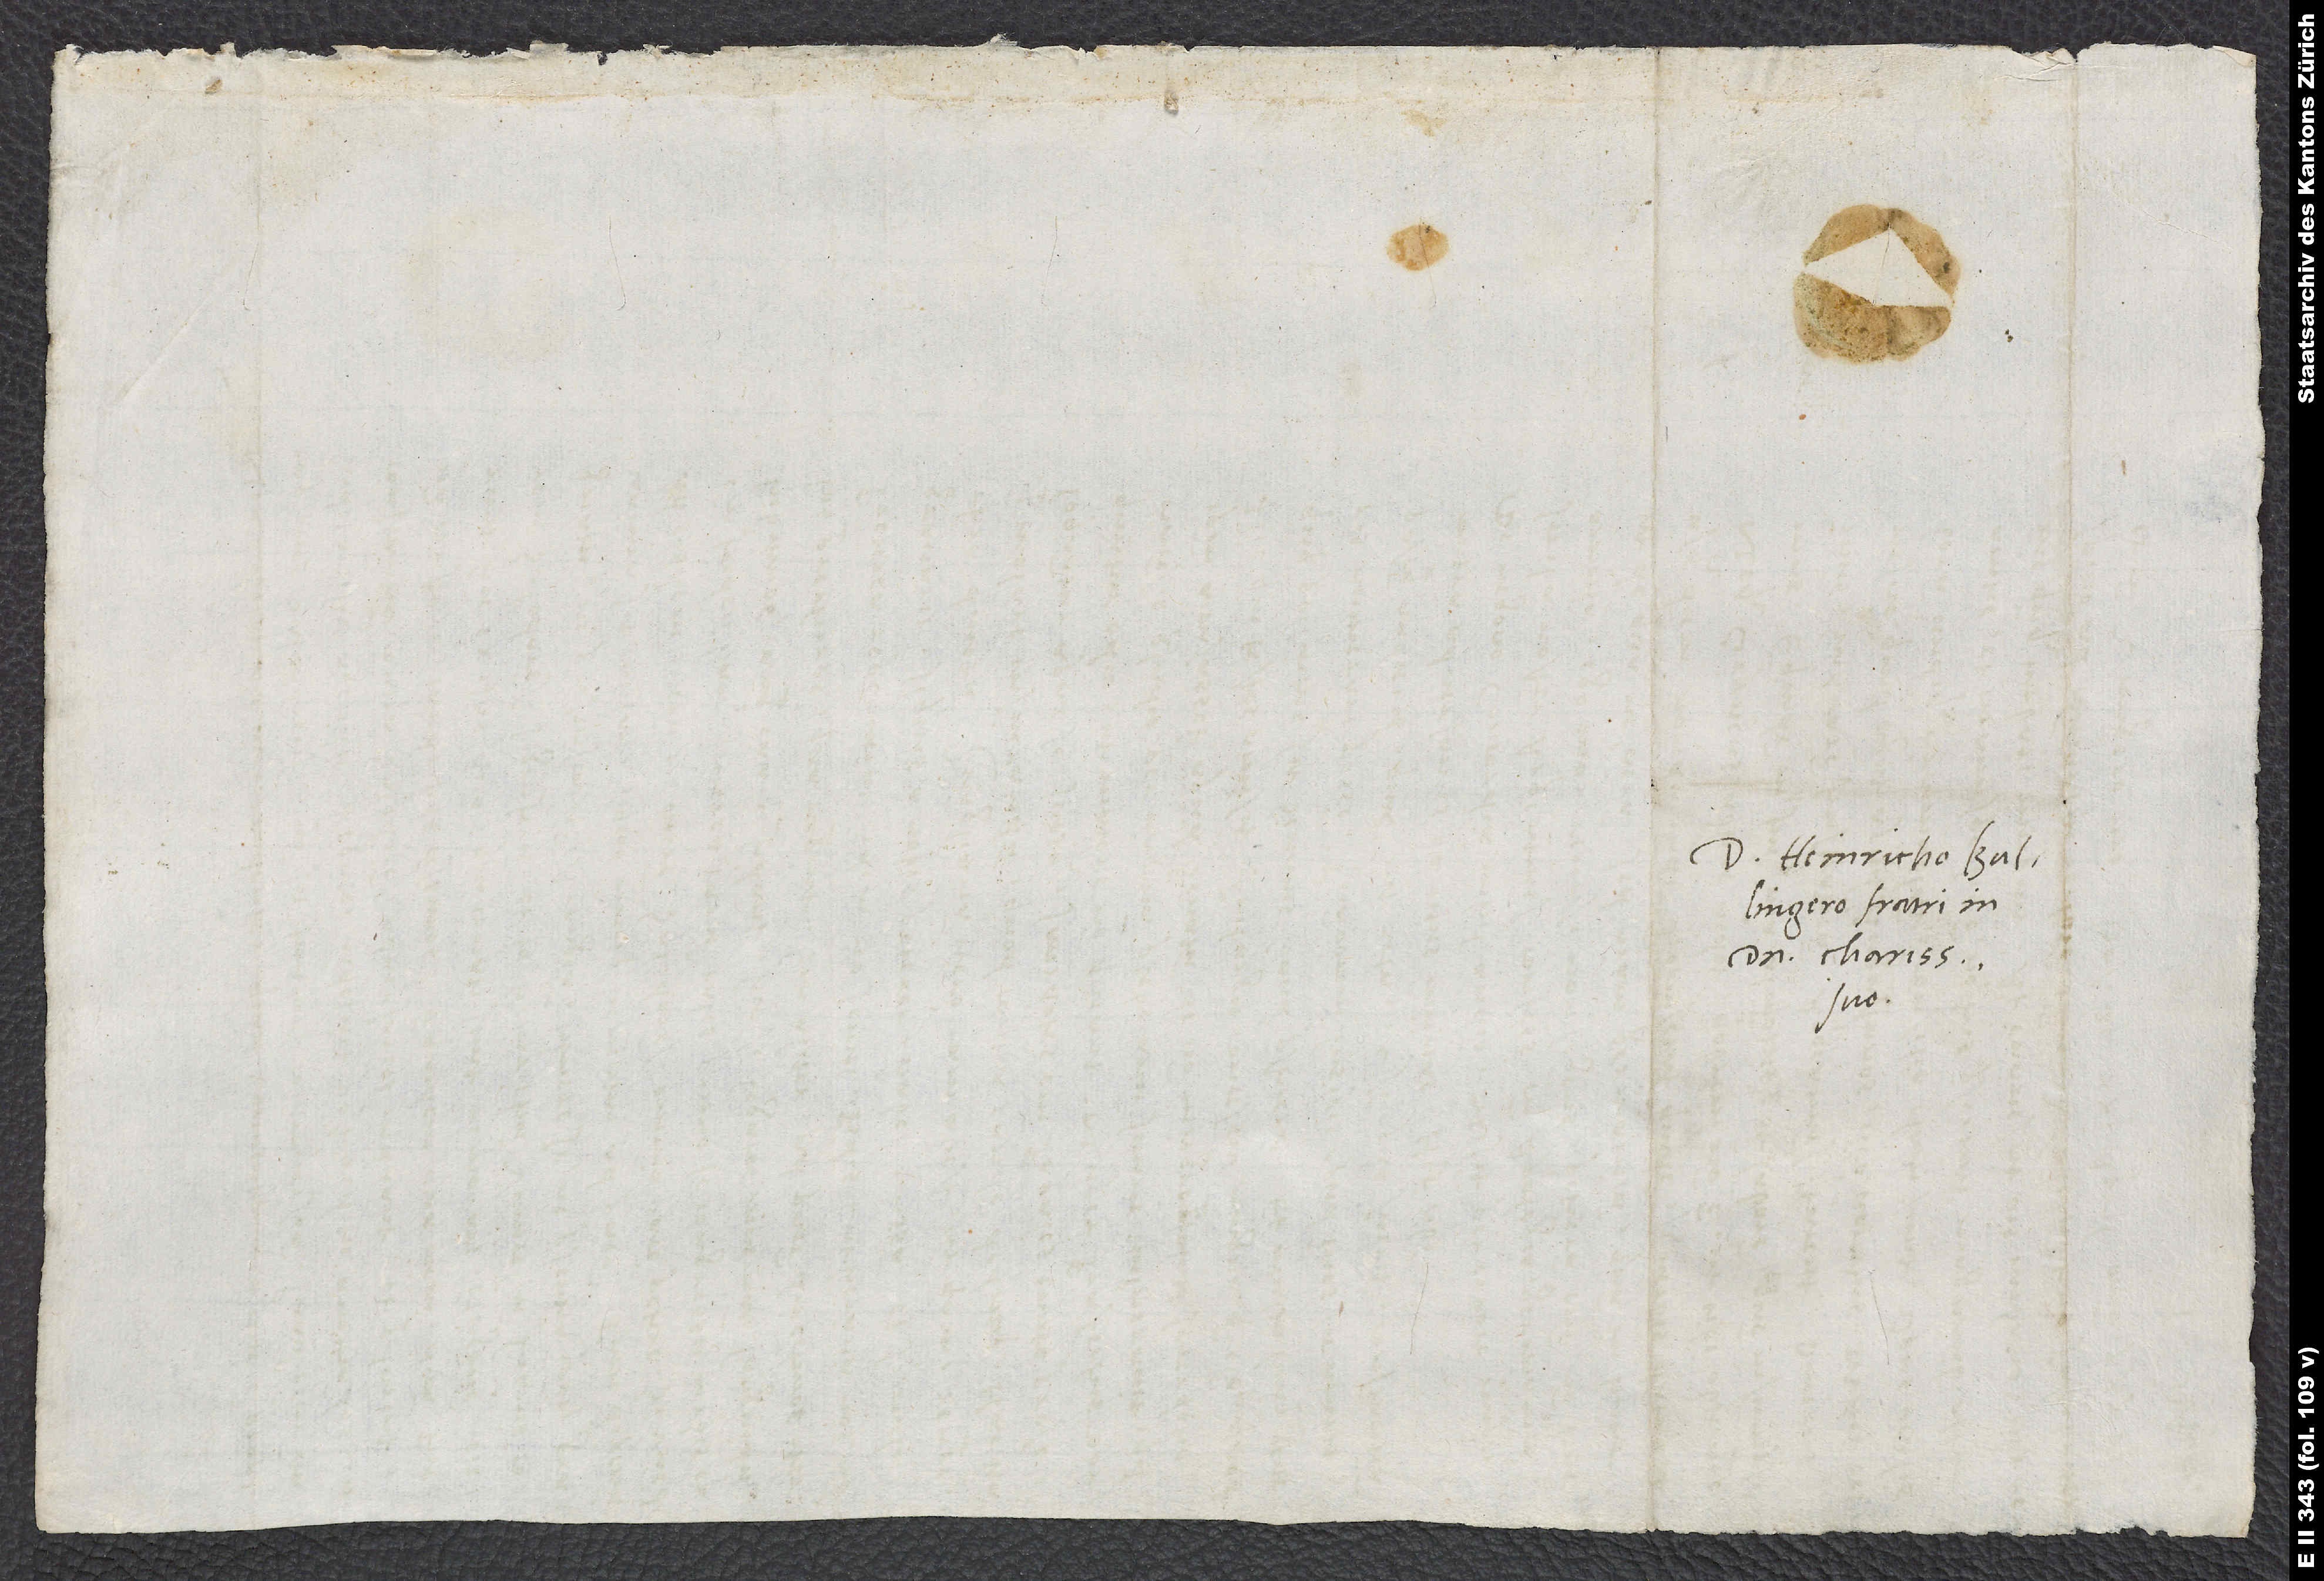
Domino Heinricho Bullingero,
domino charissimo
suo.